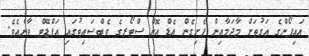
އައިފޯންގެ އަގުތަށް މާދަމާއިން ފެށިގެން އެޑް އޮން ސްޓޯރގެ ވެބްސައިޓުގައި އަޕްޑޭޓް ވާނެއެވެ.